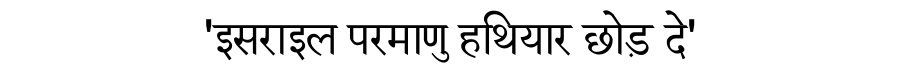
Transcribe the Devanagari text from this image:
'इसराइल परमाणु हथियार छोड़ दे'